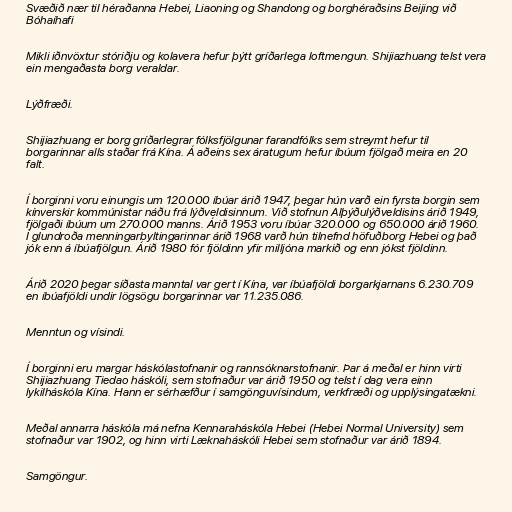
Svæðið nær til héraðanna Hebei, Liaoning og Shandong og borghéraðsins Beijing við
Bóhaíhafi

Mikli iðnvöxtur stóriðju og kolavera hefur þýtt gríðarlega loftmengun. Shijiazhuang telst vera
ein mengaðasta borg veraldar.

Lýðfræði.

Shijiazhuang er borg gríðarlegrar fólksfjölgunar farandfólks sem streymt hefur til
borgarinnar alls staðar frá Kína. Á aðeins sex áratugum hefur íbúum fjölgað meira en 20
falt.

Í borginni voru einungis um 120.000 íbúar árið 1947, þegar hún varð ein fyrsta borgin sem
kínverskir kommúnistar náðu frá lýðveldisinnum. Við stofnun Alþýðulýðveldisins árið 1949,
fjölgaði íbúum um 270.000 manns. Árið 1953 voru íbúar 320.000 og 650.000 árið 1960.
Í glundroða menningarbyltingarinnar árið 1968 varð hún tilnefnd höfuðborg Hebei og það
jók enn á íbúafjölgun. Árið 1980 fór fjöldinn yfir milljóna markið og enn jókst fjöldinn.

Árið 2020 þegar síðasta manntal var gert í Kína, var íbúafjöldi borgarkjarnans 6.230.709
en íbúafjöldi undir lögsögu borgarinnar var 11.235.086.

Menntun og vísindi.

Í borginni eru margar háskólastofnanir og rannsóknarstofnanir. Þar á meðal er hinn virti
Shijiazhuang Tiedao háskóli, sem stofnaður var árið 1950 og telst í dag vera einn
lykilháskóla Kína. Hann er sérhæfður í samgönguvísindum, verkfræði og upplýsingatækni.

Meðal annarra háskóla má nefna Kennaraháskóla Hebei (Hebei Normal University) sem
stofnaður var 1902, og hinn virti Læknaháskóli Hebei sem stofnaður var árið 1894.

Samgöngur.